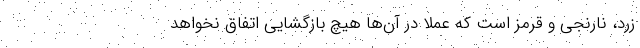
زرد، نارنجی و قرمز است که عملا در آن‌ها هیچ بازگشایی اتفاق نخواهد